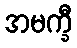
အမက္ခီ